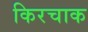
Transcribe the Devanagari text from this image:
किरचाक